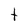
Character: t